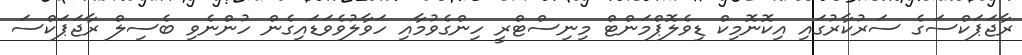
ރާޖަޕަކްސަގެ ސަރުކާރުގައި އިކޮނޮމިކް ޑިވެލޮޕްމަންޓް މިނިސްޓްރީ ހިންގެވުމާއި ހަވާލުވެވަޑައިގެން ހުންނެވި ބެސިލް ރާޖަޕަކްސަ